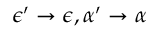
\epsilon ^ { \prime } \to \epsilon , \alpha ^ { \prime } \to \alpha